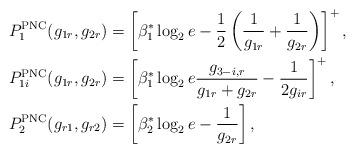
LaTeX: \begin{align*}P_{1}^{\mathrm{PNC}}(g_{1r},g_{2r})&=\left[\beta_1^* \log_2 e - \frac{1}{2} \left( \frac{1}{g_{1r}}+\frac{1}{g_{2r}} \right)\right]^+ , \\P_{1i}^{\mathrm{PNC}}(g_{1r},g_{2r})&=\left[\beta_1^* \log_2 e \frac{g_{3-i,r}}{g_{1r}+g_{2r}}-\frac{1}{2g_{ir}}\right]^+, \\P_2^{\mathrm{PNC}}(g_{r1},g_{r2})&=\left[\beta_2^*\log_2 e - \frac{1}{g_{2r}}\right] ,\end{align*}